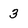
Character: 3